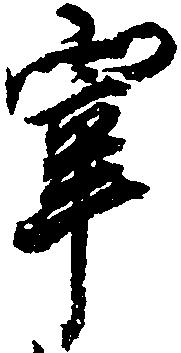
宰